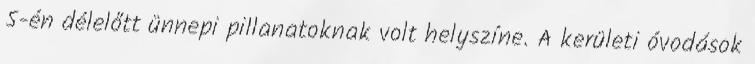
5-én délelőtt ünnepi pillanatoknak volt helyszíne. A kerületi óvodások